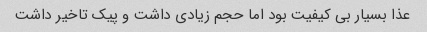
عذا بسیار بی کیفیت بود اما حجم زیادی داشت و پیک تاخیر داشت